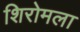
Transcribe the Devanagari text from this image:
शिरोमला